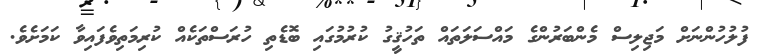
ފުލުހުންނަށް މަޖިލިސް މެންބަރުންގެ މައްސަލަތައް ތަހުޤީގު ކުރުމުގައި ބޮޑެތި ހުރަސްތަކެއް ކުރިމަތިވެފައިވާ ކަމަށެވެ.